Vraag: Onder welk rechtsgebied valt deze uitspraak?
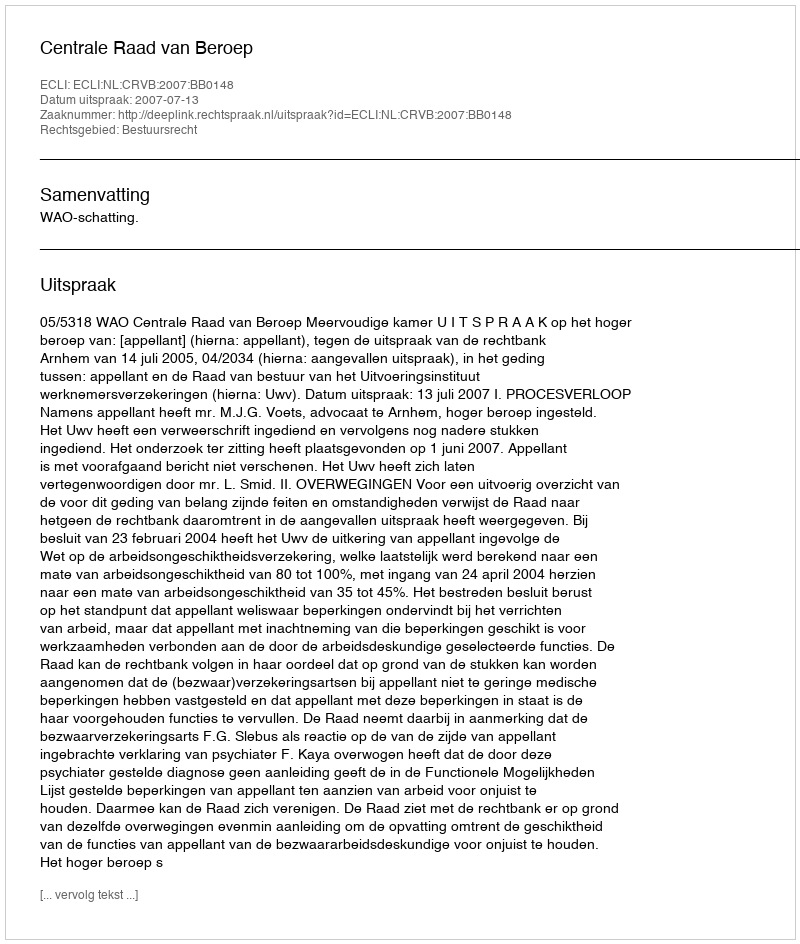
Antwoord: Bestuursrecht